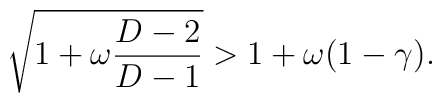
\sqrt{1+\omega \frac{D-2}{D-1}} > 1 + \omega (1-\gamma).